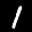
Label: 1